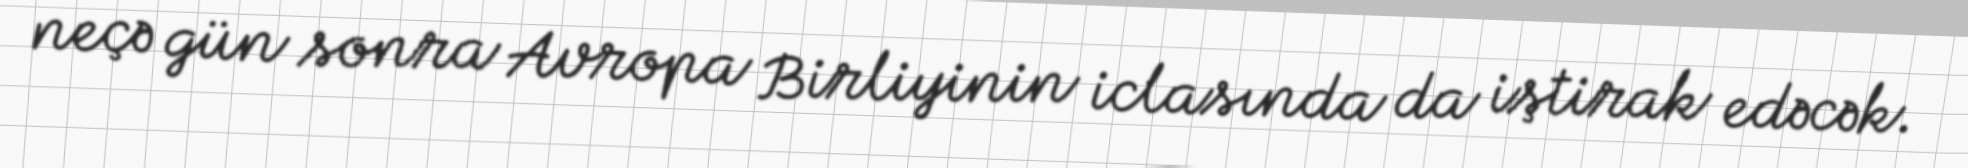
neçə gün sonra Avropa Birliyinin iclasında da iştirak edəcək.